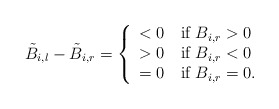
\begin{align*}\begin{aligned}\tilde{B}_{i,l}-\tilde{B}_{i,r} =\left\{ \begin{array}{ll} <0\quad\mbox{if} ~B_{i,r}>0\\ >0\quad\mbox{if} ~B_{i,r}<0\\ =0\quad\mbox{if} ~B_{i,r}=0. \end{array} \right.\end{aligned}\end{align*}